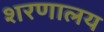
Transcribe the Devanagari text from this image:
शरणालय